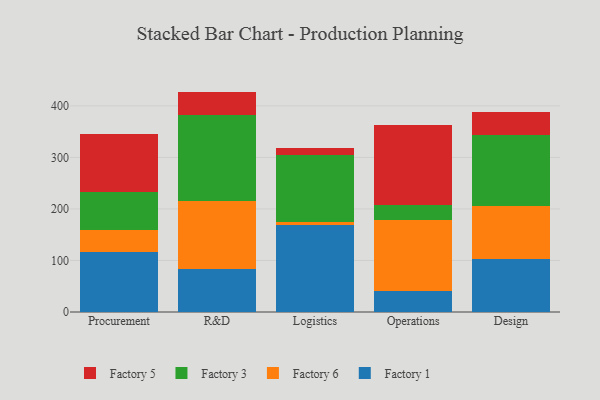
{"axis": {"x": "Department", "y": "Page Views"}, "legend": ["Factory 1", "Factory 3", "Factory 5", "Factory 6"], "data": [{"x": "Procurement", "y": 116.6, "type": "Factory 1"}, {"x": "Procurement", "y": 42.6, "type": "Factory 6"}, {"x": "Procurement", "y": 72.9, "type": "Factory 3"}, {"x": "Procurement", "y": 113.7, "type": "Factory 5"}, {"x": "R&D", "y": 84.1, "type": "Factory 1"}, {"x": "R&D", "y": 130.8, "type": "Factory 6"}, {"x": "R&D", "y": 167.1, "type": "Factory 3"}, {"x": "R&D", "y": 45.7, "type": "Factory 5"}, {"x": "Logistics", "y": 169.6, "type": "Factory 1"}, {"x": "Logistics", "y": 5.2, "type": "Factory 6"}, {"x": "Logistics", "y": 129.2, "type": "Factory 3"}, {"x": "Logistics", "y": 13.3, "type": "Factory 5"}, {"x": "Operations", "y": 39.8, "type": "Factory 1"}, {"x": "Operations", "y": 138.4, "type": "Factory 6"}, {"x": "Operations", "y": 29.0, "type": "Factory 3"}, {"x": "Operations", "y": 155.9, "type": "Factory 5"}, {"x": "Design", "y": 103.3, "type": "Factory 1"}, {"x": "Design", "y": 102.5, "type": "Factory 6"}, {"x": "Design", "y": 136.8, "type": "Factory 3"}, {"x": "Design", "y": 45.6, "type": "Factory 5"}]}